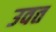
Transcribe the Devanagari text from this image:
उवत